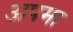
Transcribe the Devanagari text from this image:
अपमा